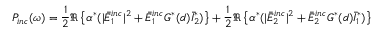
P _ { i n c } ( \omega ) = \frac { 1 } { 2 } \Re \left\{ \alpha ^ { * } ( | \bar { E } _ { 1 } ^ { i n c } | ^ { 2 } + \bar { E } _ { 1 } ^ { i n c } G ^ { * } ( d ) \bar { I } _ { 2 } ^ { * } ) \right\} + \frac { 1 } { 2 } \Re \left\{ \alpha ^ { * } ( | \bar { E } _ { 2 } ^ { i n c } | ^ { 2 } + \bar { E } _ { 2 } ^ { i n c } G ^ { * } ( d ) \bar { I } _ { 1 } ^ { * } ) \right\}